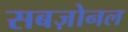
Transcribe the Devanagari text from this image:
सबज़ोनल